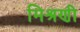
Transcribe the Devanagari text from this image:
मिश्रणी